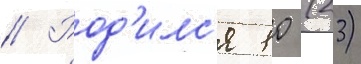
// Род'илс'я 10 (23)